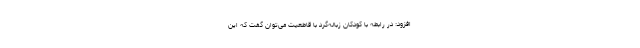
افزود: در رابطه با کودکان زباله‌گرد با قاطعیت می‌توان گفت که این